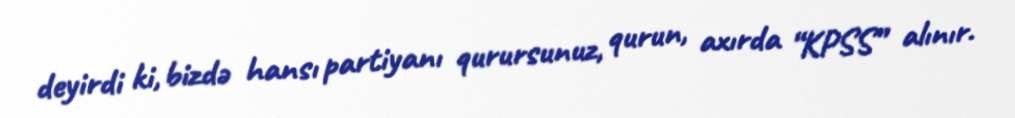
deyirdi ki, bizdə hansı partiyanı qurursunuz, qurun, axırda “KPSS” alınır.